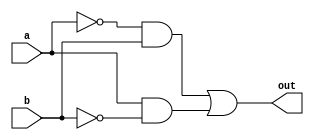
module xor_gate(out, a, b);

input a, b;
output out;

wire aBar, bBar, abBar, aBarb;

not nota(aBar, a);
not notb(bBar, b);
and and1(abBar, a, bBar);
and and2(aBarb, aBar, b);
or or1(out, aBarb, abBar);

endmodule